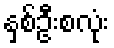
နှစ်ဦးစလုံး